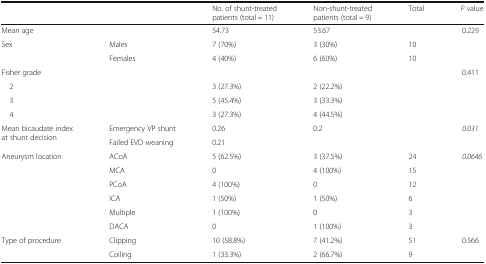
<table><thead><tr><td colspan="2"></td><td><b>No. of shunt-treated patients (total = 11)</b></td><td><b>Non-shunt-treated patients (total = 9)</b></td><td><b>Total</b></td><td><b><i>P</i> value</b></td></tr></thead><tbody><tr><td colspan="2">Mean age</td><td>54.73</td><td>53.67</td><td></td><td>0.229</td></tr><tr><td rowspan="2">Sex</td><td>Males</td><td>7 (70%)</td><td>3 (30%)</td><td>10</td><td rowspan="2"></td></tr><tr><td>Females</td><td>4 (40%)</td><td>6 (60%)</td><td>10</td></tr><tr><td>Fisher grade</td><td colspan="3"></td><td rowspan="4"></td><td rowspan="4">0.411</td></tr><tr><td> 2</td><td></td><td>3 (27.3%)</td><td>2 (22.2%)</td></tr><tr><td> 3</td><td></td><td>5 (45.4%)</td><td>3 (33.3%)</td></tr><tr><td> 4</td><td></td><td>3 (27.3%)</td><td>4 (44.5%)</td></tr><tr><td rowspan="2">Mean bicaudate index at shunt decision</td><td>Emergency VP shunt</td><td>0.26</td><td rowspan="2">0.2</td><td rowspan="2"></td><td rowspan="2"><i>0.031</i></td></tr><tr><td>Failed EVD weaning</td><td>0.21</td></tr><tr><td rowspan="6">Aneurysm location</td><td>ACoA</td><td>5 (62.5%)</td><td>3 (37.5%)</td><td>24</td><td rowspan="6"><i>0.0646</i></td></tr><tr><td>MCA</td><td>0</td><td>4 (100%)</td><td>15</td></tr><tr><td>PCoA</td><td>4 (100%)</td><td>0</td><td>12</td></tr><tr><td>ICA</td><td>1 (50%)</td><td>1 (50%)</td><td>6</td></tr><tr><td>Multiple</td><td>1 (100%)</td><td>0</td><td>3</td></tr><tr><td>DACA</td><td>0</td><td>1 (100%)</td><td>3</td></tr><tr><td rowspan="2">Type of procedure</td><td>Clipping</td><td>10 (58.8%)</td><td>7 (41.2%)</td><td>51</td><td rowspan="2">0.566</td></tr><tr><td>Coiling</td><td>1 (33.3%)</td><td>2 (66.7%)</td><td>9</td></tr></tbody></table>